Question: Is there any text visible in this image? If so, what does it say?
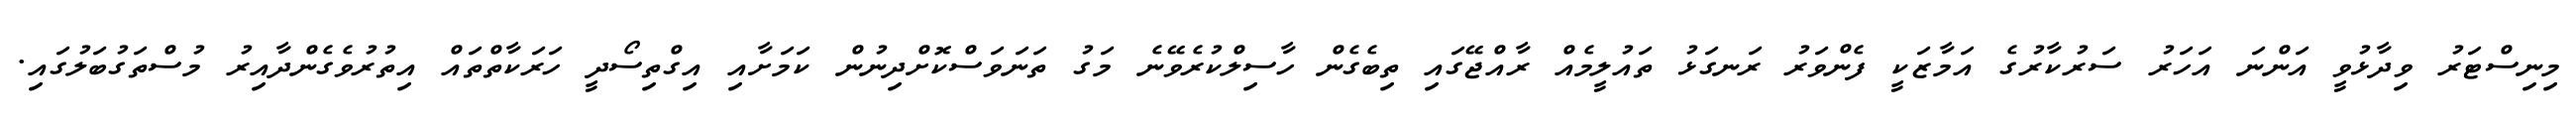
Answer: މިނިސްޓަރު ވިދާޅުވީ އަންނަ އަހަރު ސަރުކާރުގެ އަމާޒަކީ ފެންވަރު ރަނގަޅު ތައުލީމެއް ރާއްޖޭގައި ތިބެގެން ހާސިލްކުރެވޭނެ މަގު ތަނަވަސްކޮށްދިނުން ކަމަށާއި އިގްތިސޯދީ ހަރަކާތްތައް އިތުރުވެގެންދާއިރު މުސްތަގުބަލުގައި.